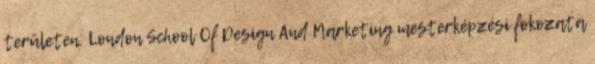
területen. London School Of Design And Marketing mesterképzési fokozata